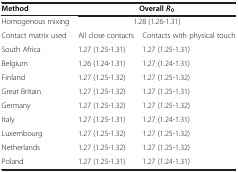
<table><thead><tr><td><b>Method</b></td><td colspan="2"><b>Overall</b></td></tr></thead><tbody><tr><td>Homogenous mixing</td><td colspan="2">1.28 (1.26-1.31)</td></tr><tr><td>Contact matrix used</td><td>All close contacts</td><td>Contacts with physical touch</td></tr><tr><td>South Africa</td><td>1.27 (1.25-1.31)</td><td>1.27 (1.25-1.31)</td></tr><tr><td>Belgium</td><td>1.26 (1.24-1.31)</td><td>1.27 (1.24-1.31)</td></tr><tr><td>Finland</td><td>1.27 (1.25-1.32)</td><td>1.27 (1.25-1.32)</td></tr><tr><td>Great Britain</td><td>1.27 (1.25-1.32)</td><td>1.27 (1.25-1.31)</td></tr><tr><td>Germany</td><td>1.27 (1.25-1.32)</td><td>1.27 (1.25-1.32)</td></tr><tr><td>Italy</td><td>1.27 (1.25-1.31)</td><td>1.27 (1.24-1.31)</td></tr><tr><td>Luxembourg</td><td>1.27 (1.25-1.32)</td><td>1.27 (1.25-1.32)</td></tr><tr><td>Netherlands</td><td>1.27 (1.25-1.32)</td><td>1.27 (1.25-1.32)</td></tr><tr><td>Poland</td><td>1.27 (1.25-1.31)</td><td>1.27 (1.24-1.31)</td></tr></tbody></table>